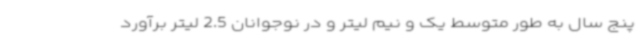
پنج سال به طور متوسط یک و نیم لیتر و در نوجوانان 2.5 لیتر برآورد